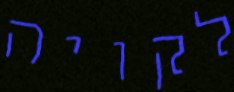
לקויה